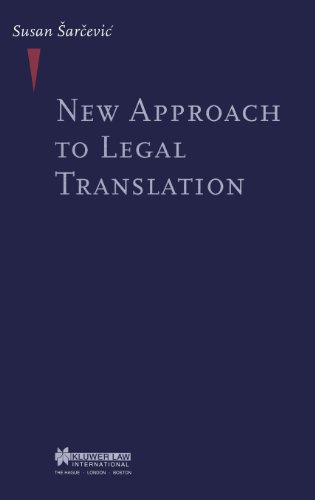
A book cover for New Approach To Legal Translation; Susan Sarcevic; Law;